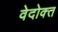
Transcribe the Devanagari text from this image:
वेदोक्‍त